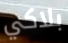
بلاكي